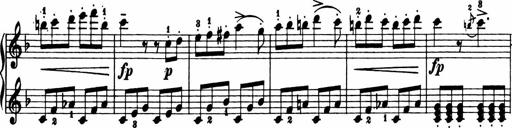
Title: 11 Sonatinas for Piano Solo
Composer: Anton Diabelli